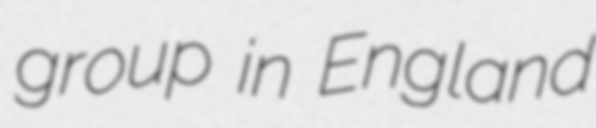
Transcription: group in England